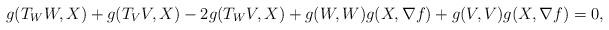
LaTeX: \begin{align*}g(T_W W, X) + g(T_V V, X) - 2 g(T_W V , X) + g(W,W) g(X, \nabla f) + g(V, V) g(X, \nabla f) =0,\end{align*}